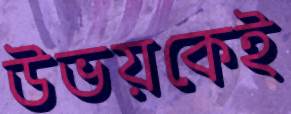
উভয়কেই